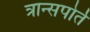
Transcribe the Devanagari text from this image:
त्रान्सपोर्त